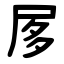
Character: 㞔